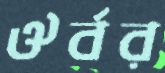
ঔর্বর